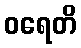
ဝရေတိ